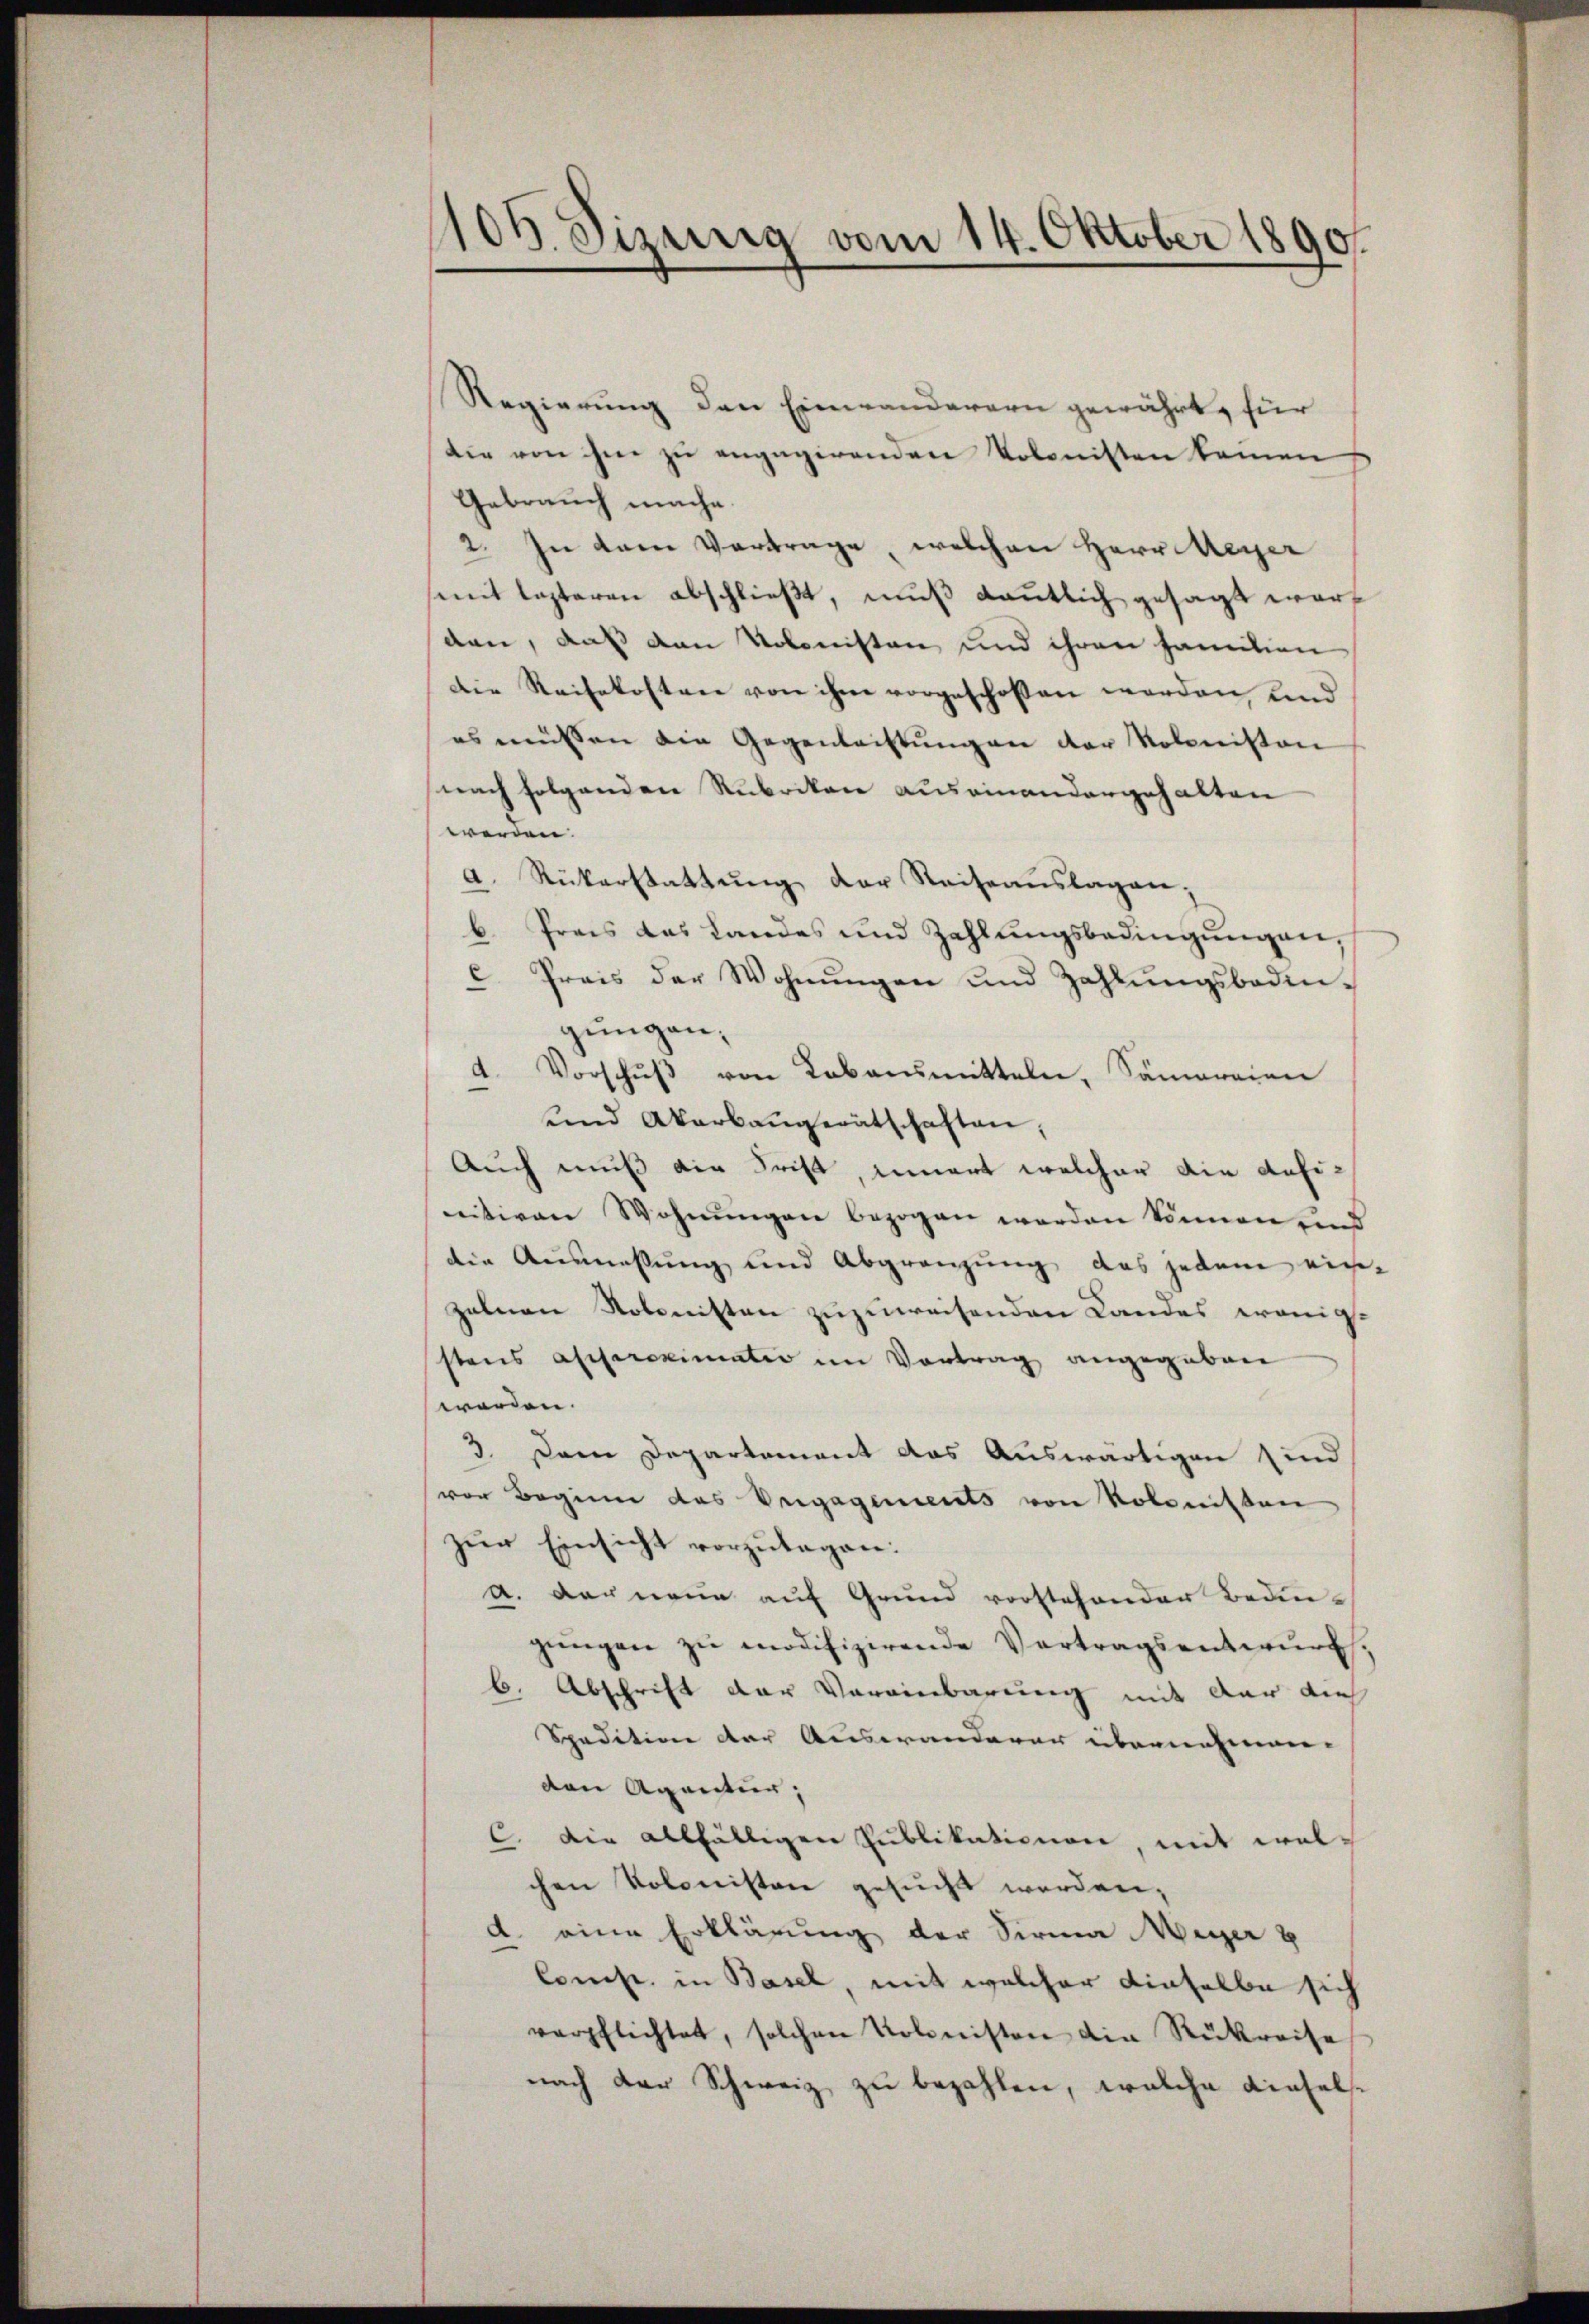
108 Jizung vom 14. Oktober 1890.

Regierung den Einwanderern gewährt, für
die von ihm zu engagirenden Volonisten kamen
Gebrauch mache.
2. In dem Vortrage, welchen Herr Meyer
sant lezteren abschließt, muß kanntlich gesagt worden, daß den Kolonisten und ihren Familien
Die Reisekostene von ihm vorgeschossen worden, und
es müssen die Gegenleistungen der Kolonisten
nach folgenden Rubrikon auseinandergehalten
werden.
a. Rükerstattung der Reiseauslagen;
b. Preis das Landes und Zahlŭngsbedingŭngen,
c. Preis der Wohnŭngen und Zahlŭngsbedingungen,
Vorschŭβ von Lebensmitteln, Samaraien
und Abarbaugerätschaften,
Auch muß die Frist, innert welcher die definitiven Wohnungen bezogen werden können und
die Ausmessung und Abgrenzung, das jedem ein-
zelnen Kolonisten zuzuweisenden Landes wenigstens approximatio im Vortrag angegebene
worden.
3. Dann Departement das Auswärtigen sind
vor Beginn das Vrigagements von Kolonisten
zur Einsicht vorzutagen:
a. Der neun auf Grund vorstehender Bedingŭngen zŭ modifizirende Vertragsentwurf,
6. Abschrift der Vereinbarung mit der dies
Spedition der Auswanderer übernehmen.
den Agentur,
C. Die allfälligen Publikationen, mit welchen Kolonisten gesucht werden,
d. eine Erklärung der Sirna Meger u
Const in Basel, mit welcher dieselbe sich
verpflichtet, solchen Kolonisten die Rückreise
nach der Schweiz zu bezahlen, welche dieselst